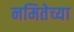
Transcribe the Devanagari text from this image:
नमितेच्या